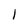
Character: l